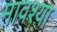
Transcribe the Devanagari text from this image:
मावश्या